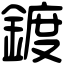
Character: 鍍